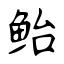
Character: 鲐